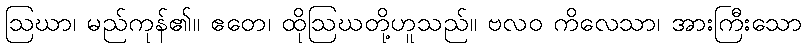
ဩဃာ၊ မည်ကုန်၏။ ဧတေ၊ ထိုဩဃတို့ဟူသည်။ ဗလဝ ကိလေသာ၊ အားကြီးသော